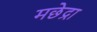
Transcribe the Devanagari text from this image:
मछेद्रा